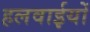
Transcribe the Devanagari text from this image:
हलवाईयों